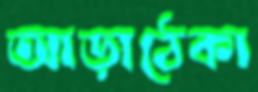
আড়াঠেকা